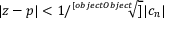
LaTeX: | z - p | < 1 / { \sqrt [ [object Object] ] { | c _ { n } | } }